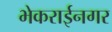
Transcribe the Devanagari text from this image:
भेकराईनगर